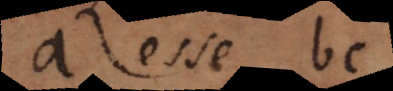
a esse bc,